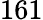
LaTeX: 161